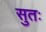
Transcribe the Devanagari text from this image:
सुतः